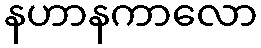
နဟာနကာလော